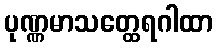
ပုဏ္ဏမာသတ္ထေရဂါထာ